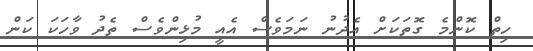
ހިތް ކޮންމެ ގޮތަކަށް އެދުނު ނަމަވެސް އެއީ މުޅިންވެސް ތެދު ވާހަކަ ކަން